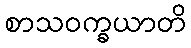
စာသဝက္ခယာတိ